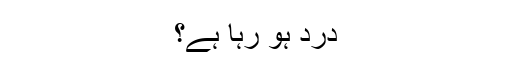
درد ہو رہا ہے؟